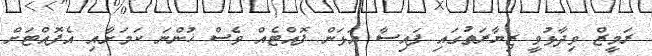
ރަމީޒް ވިދާޅުވީ ޒިޔާރަތުގައި ފައިސާ އަޅަން ފޮއްޓެއް ވެސް ހުންނަ ކަމަށާއި އެފޮއްޓަށް